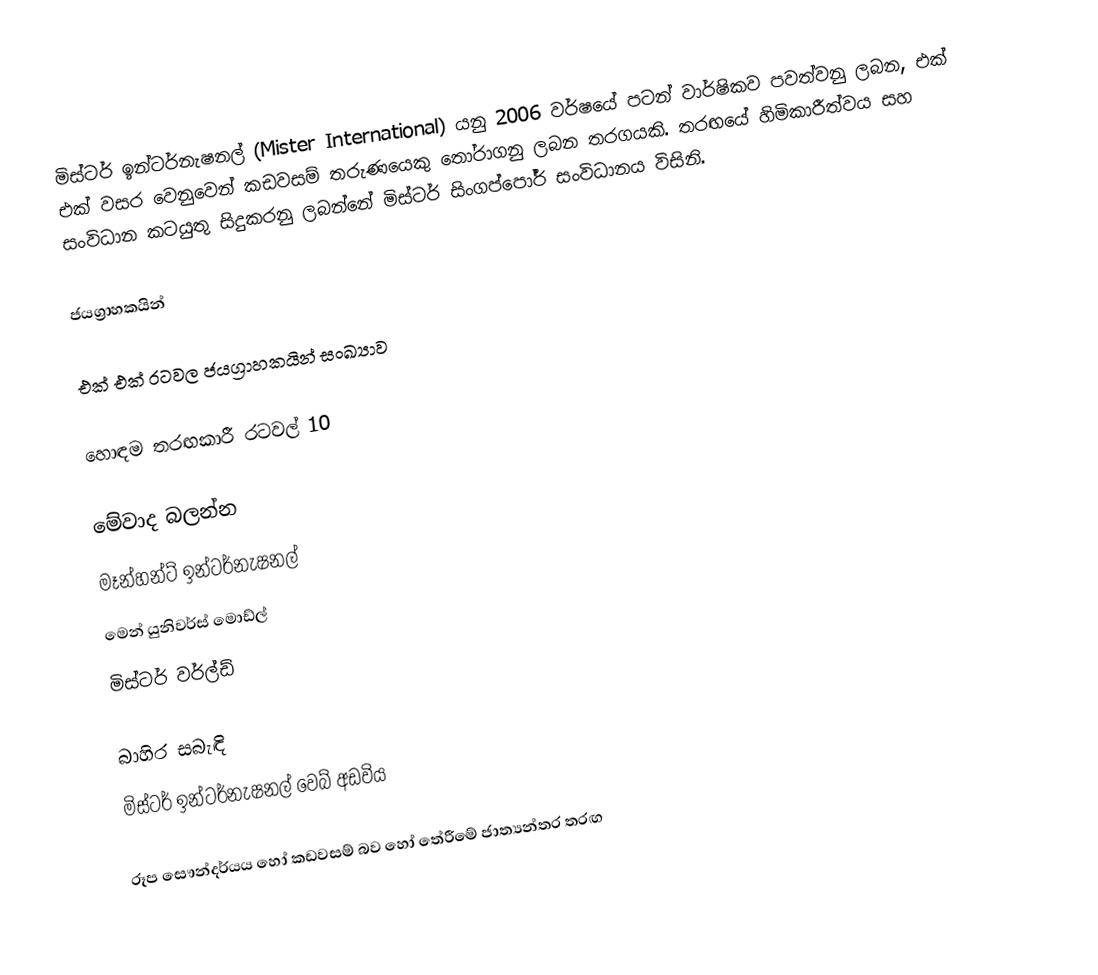
මිස්ටර් ඉන්ටර්නැෂනල් (Mister International) යනු 2006 වර්ෂයේ පටන් වාර්ෂිකව පවත්වනු ලබන, එක් එක් වසර වෙනුවෙන් කඩවසම් තරුණයෙකු තෝරාගනු ලබන තරගයකි. තරඟයේ හිමිකාරීත්වය සහ සංවිධාන කටයුතු සිදුකරනු ලබන්නේ  මිස්ටර් සිංගප්පෝර් සංවිධානය විසිනි.

ජයග්‍රාහකයින්

එක් එක් රටවල ජයග්‍රාහකයින් සංඛ්‍යාව

හොඳම තරඟකාරී රටවල් 10

මේවාද බලන්න
 මෑන්හන්ට් ඉන්ටර්නැෂනල්
 මෙන් යුනිවර්ස් මොඩ්ල්
 මිස්ටර් වර්ල්ඩ්

බාහිර සබැඳි
 මිස්ටර් ඉන්ටර්නැෂනල් වෙබ් අඩවිය

රූප සෞන්දර්යය හෝ කඩවසම් බව හෝ තේරීමේ ජාත්‍යන්තර තරඟ